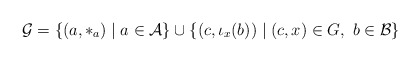
\begin{align*}\mathcal{G}=\{(a,\ast_a) \mid a\in \mathcal{A}\}\cup \{(c,\iota_x(b)) \mid (c,x)\in G,\ b\in \mathcal{B} \}\end{align*}